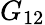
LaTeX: G_{12}